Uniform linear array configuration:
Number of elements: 4
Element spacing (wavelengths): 0.5
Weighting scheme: binomial
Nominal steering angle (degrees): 45
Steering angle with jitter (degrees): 43.328
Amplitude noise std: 0.05
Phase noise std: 0.05

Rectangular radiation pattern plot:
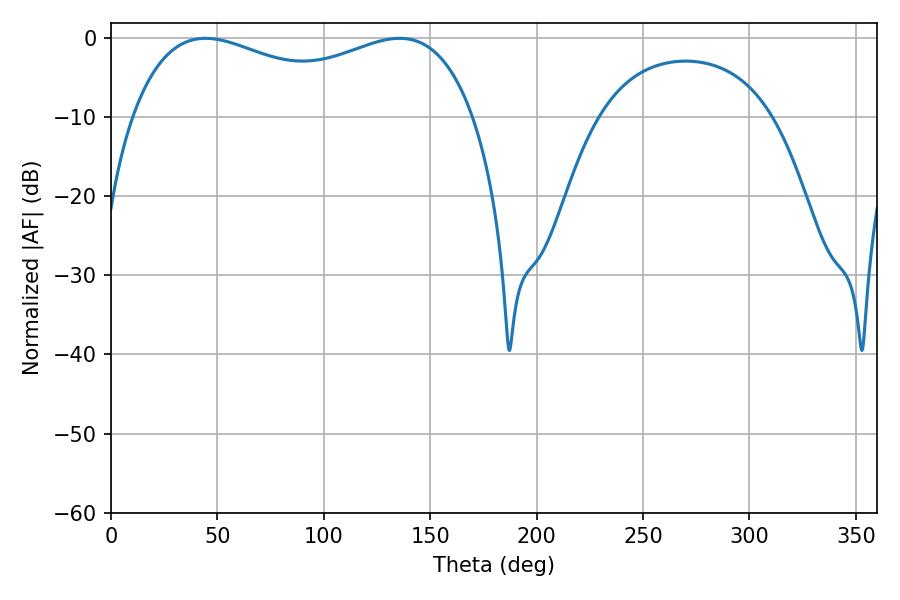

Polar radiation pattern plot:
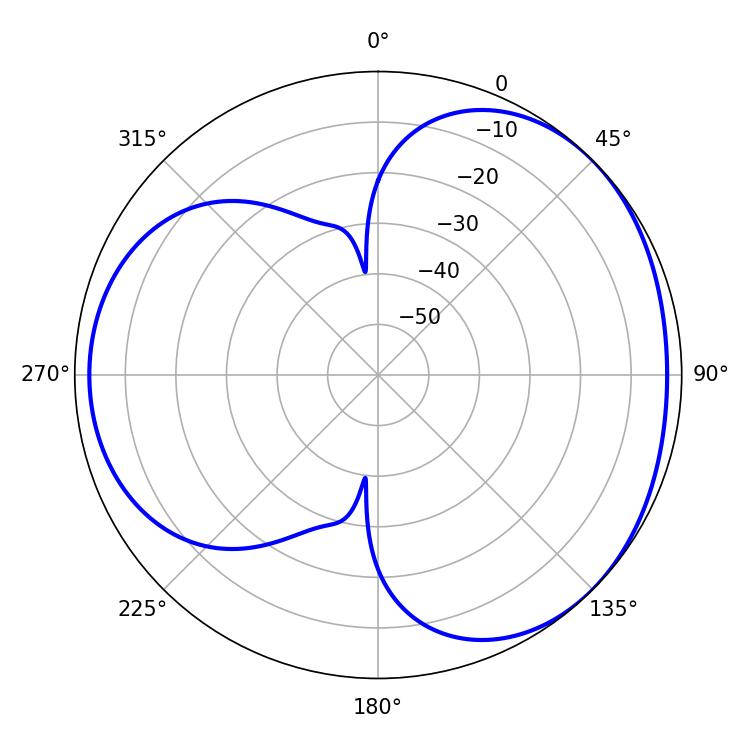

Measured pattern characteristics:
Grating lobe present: FALSE
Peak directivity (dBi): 3.413
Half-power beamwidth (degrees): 133.2
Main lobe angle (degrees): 44.46